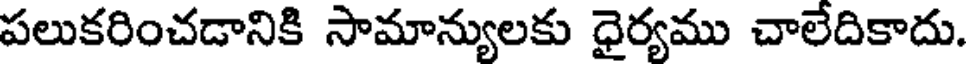
పలుకరించడానికి సామాన్యులకు ధైర్యము చాలేదికాదు.